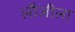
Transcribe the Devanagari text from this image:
लौजीला